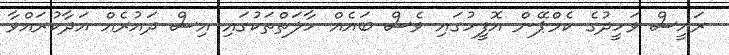
ރައީސް ވަހީދުގެ ކެމްޕޭން އޮފީހުގައި ވެސް ބައެއް ހާލަތްތަކުގައި އިސް ދައުރެއް އަދާކުރައްވާ